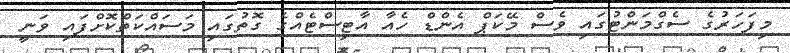
މިފަހަރުގެ ސެގްމަންޓުގައި ވެސް މޭކަޕް އެންޑް ހެއާ އާޓިސްޓެއްގެ ގޮތުގައި މަސައްކަތްކޮށްފައި ވަނީ